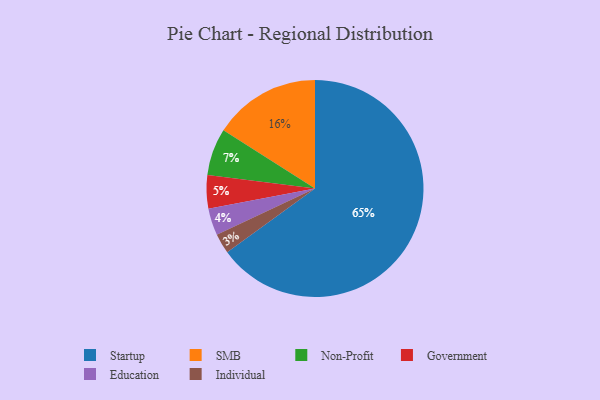
{"axis": {"x": "Category", "y": "Percentage"}, "legend": ["Education", "Government", "Individual", "Non-Profit", "SMB", "Startup"], "data": [{"x": "Government", "y": 5, "type": "Government"}, {"x": "Non-Profit", "y": 7, "type": "Non-Profit"}, {"x": "SMB", "y": 16, "type": "SMB"}, {"x": "Education", "y": 4, "type": "Education"}, {"x": "Individual", "y": 3, "type": "Individual"}, {"x": "Startup", "y": 65, "type": "Startup"}]}